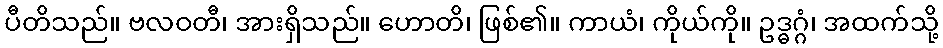
ပီတိသည်။ ဗလဝတီ၊ အားရှိသည်။ ဟောတိ၊ ဖြစ်၏။ ကာယံ၊ ကိုယ်ကို။ ဥဒ္ဓဂ္ဂံ၊ အထက်သို့